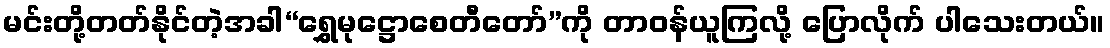
မင်းတို့တတ်နိုင်တဲ့အခါ“ရွှေမုဋ္ဌောစေတီတော်”ကို တာဝန်ယူကြလို့ ပြောလိုက် ပါသေးတယ်။